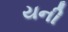
યની